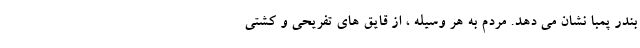
بندر پمبا نشان می دهد. مردم به هر وسیله ، از قایق های تفریحی و کشتی